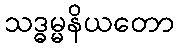
သဒ္ဓမ္မနိယတော